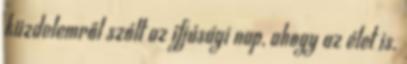
küzdelemről szólt az ifjúsági nap, ahogy az élet is.